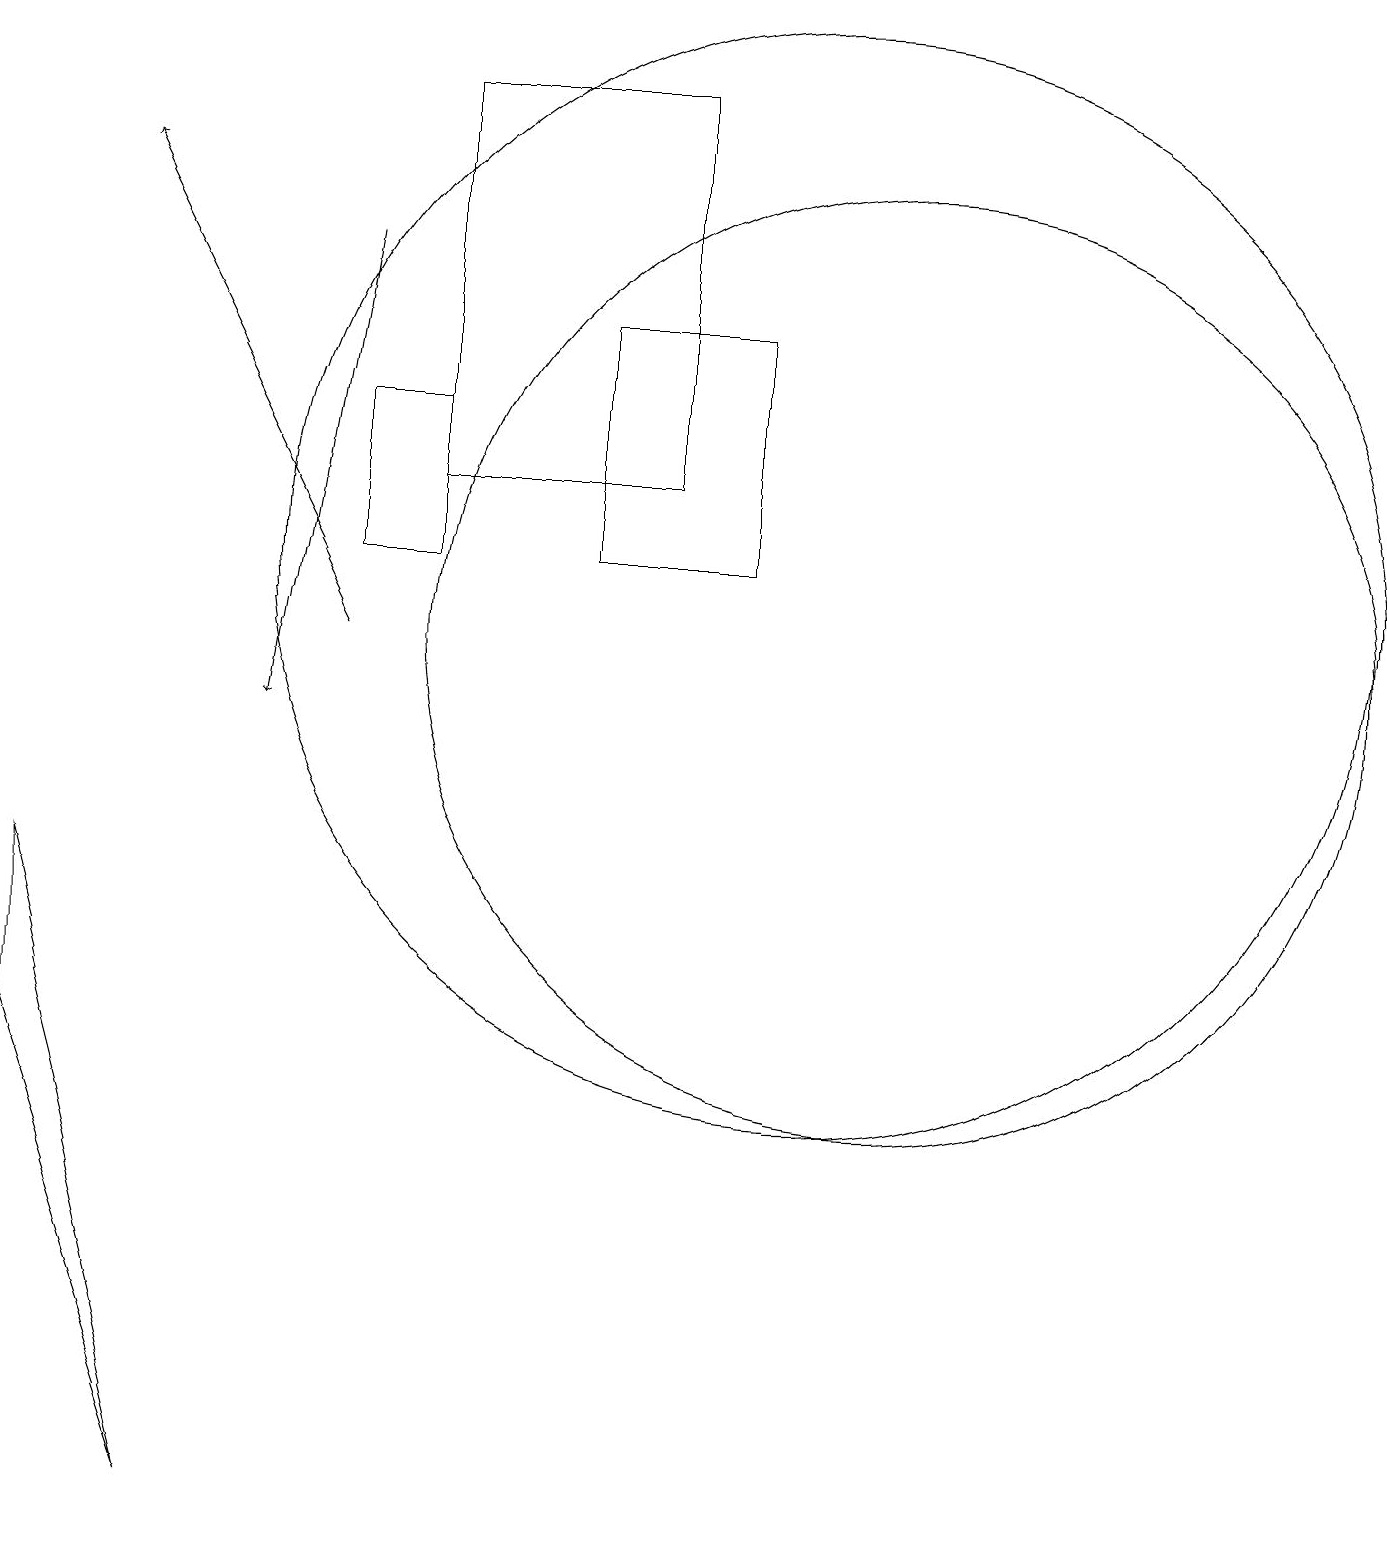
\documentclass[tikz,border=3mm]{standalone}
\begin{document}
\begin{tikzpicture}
\draw (10,12) circle (7);
\draw (5,12) rectangle (4,14);
\draw (8,13) rectangle (5,18);
\draw (11,11) circle (6);
\draw (2,0) -- (0,6) -- (0,8) -- cycle;
\draw (7,15) rectangle (9,12);
\draw[->] (4,16) -- (3,10);
\draw[->] (4,11) -- (1,17);
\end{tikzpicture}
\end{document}